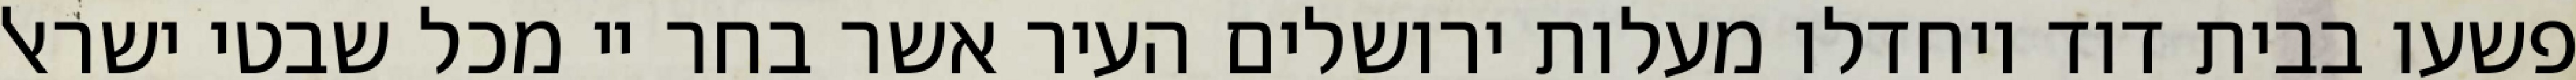
פשעו בבית דוד ויחדלו מעלות ירושלים העיר אשר בחר יי מכל שבטי ישראל